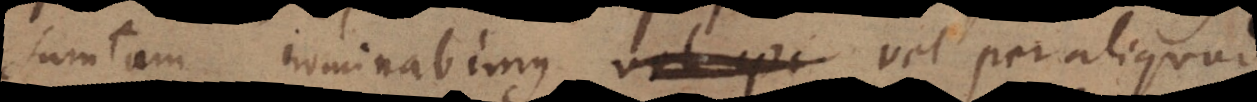
[sumtas] nominabimus, vel per aliquod